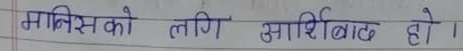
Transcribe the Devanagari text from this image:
मानिसको लागि आशिर्वाद हो ।